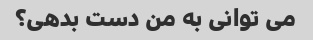
می توانی به من دست بدهی؟